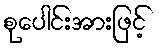
စုပေါင်းအားဖြင့်